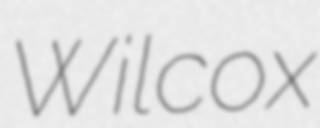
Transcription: Wilcox